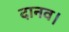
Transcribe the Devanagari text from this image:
दानव।